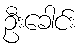
ဦးခေါင်း